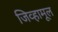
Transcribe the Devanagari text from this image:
जिव्हामूल